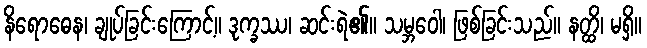
နိရောဓေန၊ ချုပ်ခြင်းကြောင့်။ ဒုက္ခဿ၊ ဆင်းရဲ၏။ သမ္ဘဝေါ၊ ဖြစ်ခြင်းသည်။ နတ္ထိ၊ မရှိ။